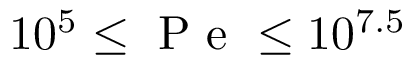
1 0 ^ { 5 } \leq \mathrm { ~ P ~ e ~ } \leq 1 0 ^ { 7 . 5 }